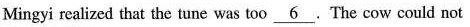
Mingyi realized that the tune was too \underline{ 6 } .The cow could not